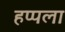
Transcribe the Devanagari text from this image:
हप्पला